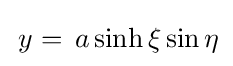
\,y=\,a\sinh \xi \sin \eta